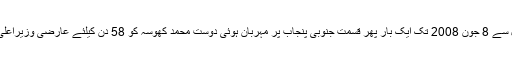
11 اپریل سے 8 جون 2008 تک ایک بار پھر قسمت جنوبی پنجاب پر مہربان ہوئی دوست محمد کھوسہ کو 58 دن کیلئے عارضی وزیراعلیٰ بنایا گیا۔